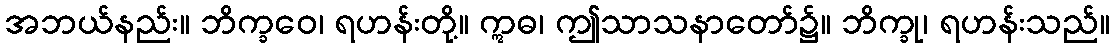
အဘယ်နည်း။ ဘိက္ခဝေ၊ ရဟန်းတို့။ ဣဓ၊ ဤသာသနာတော်၌။ ဘိက္ခု၊ ရဟန်းသည်။